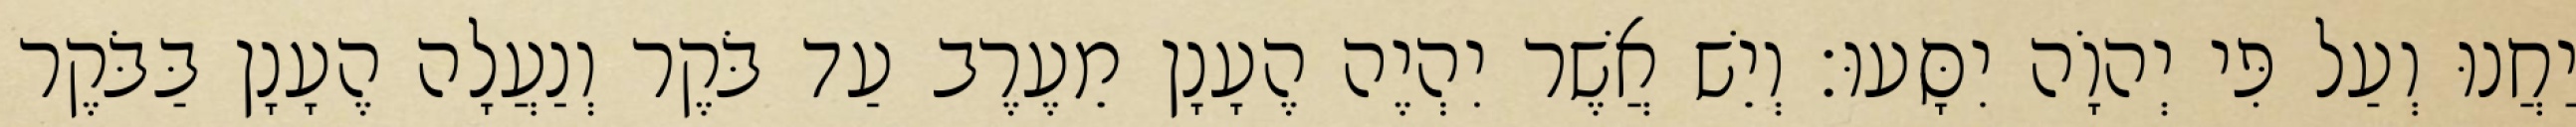
יַחֲנוּ וְעַל פִּי יְהוָֹה יִסָּעוּ׃ וְיֵשׁ אֲשֶׁר יִהְיֶה הֶעָנָן מֵעֶרֶב עַד בֹּקֶר וְנַעֲלָה הֶעָנָן בַּבֹּקֶר